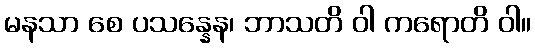
မနသာ စေ ပသန္နေန၊ ဘာသတိ ဝါ ကရောတိ ဝါ။